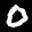
Label: 0